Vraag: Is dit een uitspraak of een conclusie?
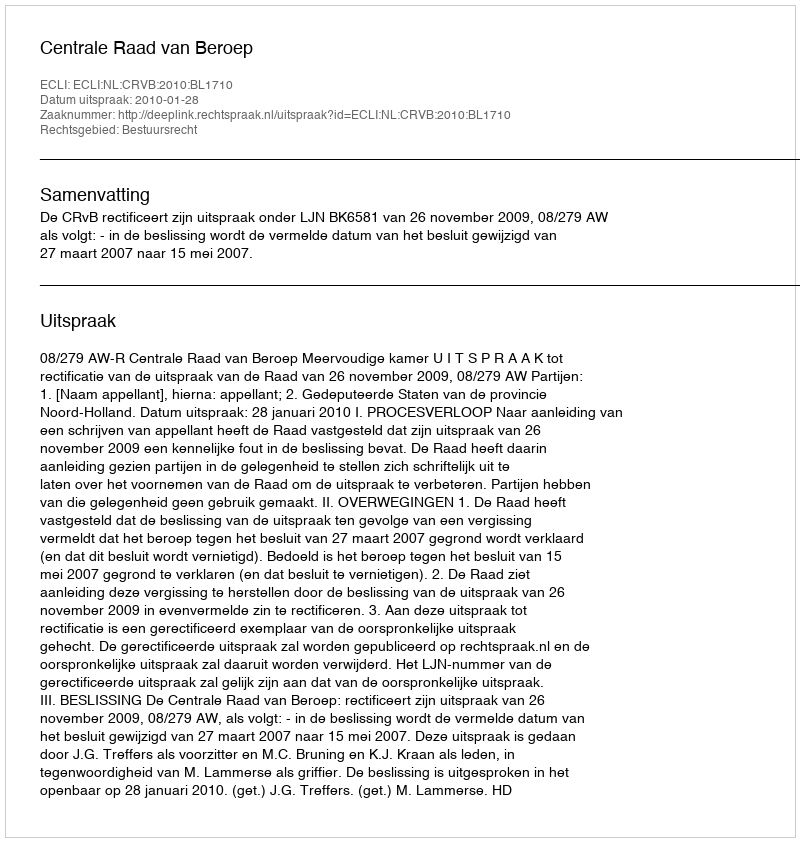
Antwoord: Uitspraak